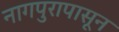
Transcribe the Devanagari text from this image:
नागपुरापासून